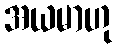
အယမာဟု